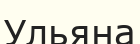
Ульяна